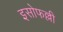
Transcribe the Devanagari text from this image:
इसोफल्ली